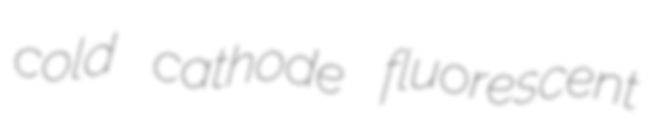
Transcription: cold cathode fluorescent